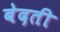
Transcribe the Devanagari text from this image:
बेदती